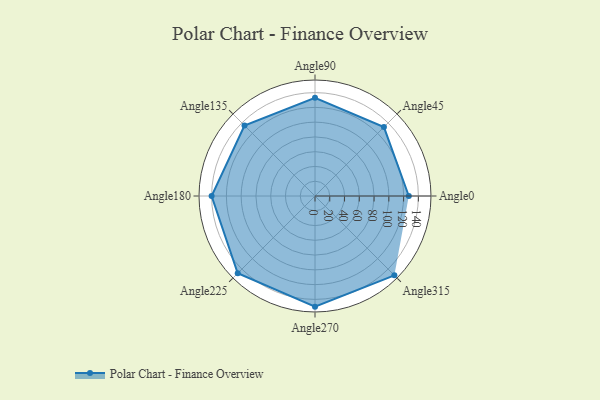
{"axis": {"x": "Angle", "y": "Radius"}, "legend": [""], "data": [{"x": "Angle0", "y": 127.0, "type": ""}, {"x": "Angle45", "y": 132.0, "type": ""}, {"x": "Angle90", "y": 133.0, "type": ""}, {"x": "Angle135", "y": 135.0, "type": ""}, {"x": "Angle180", "y": 140.0, "type": ""}, {"x": "Angle225", "y": 148.0, "type": ""}, {"x": "Angle270", "y": 150.0, "type": ""}, {"x": "Angle315", "y": 152.0, "type": ""}]}